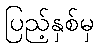
ပြည့်နှစ်မှ